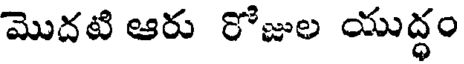
మొదటి ఆరు రోజుల యుద్ధం